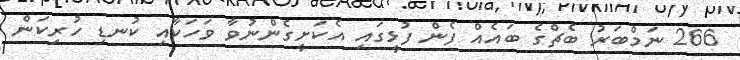
266 ނަމްބަރު ބެޗްގެ ބައެއް ފެން ފުޅީގައި އެކަށީގެންނުވާ ވަހަކާއި ކުނޑި ހުރިކަން